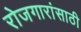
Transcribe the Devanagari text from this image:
रोजगारांसाठी